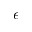
\epsilon